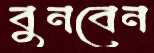
বুনবেন